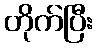
တိုက်ပြီး